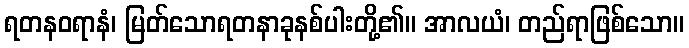
ရတနဝရာနံ၊ မြတ်သောရတနာခုနစ်ပါးတို့၏။ အာလယံ၊ တည်ရာဖြစ်သော။